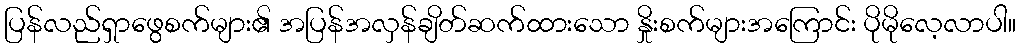
ပြန်လည်ရှာဖွေစက်များ၏ အပြန်အလှန်ချိတ်ဆက်ထားသော နှိုးစက်များအကြောင်း ပိုမိုလေ့လာပါ။